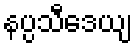
နပ္ပသီဒေယျ